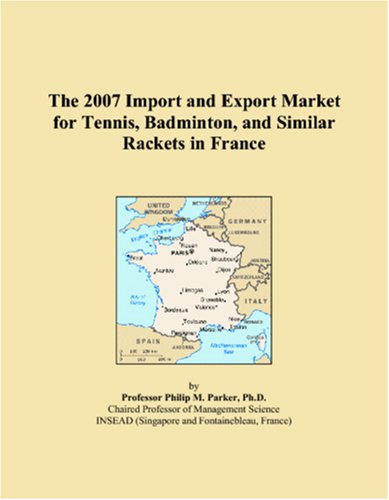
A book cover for The 2007 Import and Export Market for Tennis, Badminton, and Similar Rackets in France; Philip M. Parker; Sports & Outdoors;